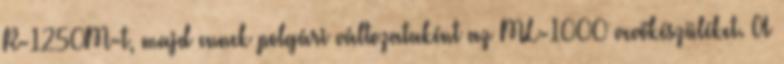
R-1250M-t, majd ennek polgári változataként az ML-1000 vevőkészüléket. A